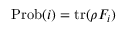
{ \mathrm { P r o b } } ( i ) = \operatorname { t r } ( \rho F _ { i } )